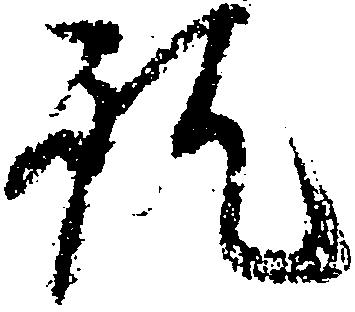
訖